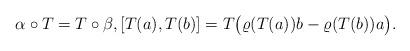
LaTeX: \begin{align*} \alpha\circ T = T\circ\beta, [T (a), T (b)] = T \big(\varrho(T (a))b - \varrho(T (b))a\big). \end{align*}